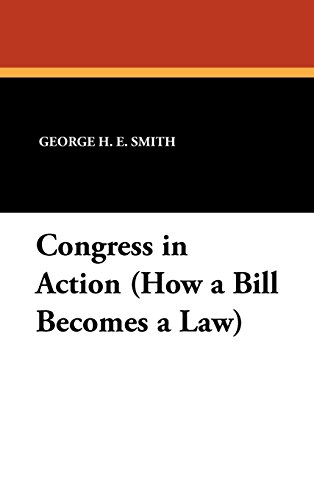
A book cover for Congress in Action (How a Bill Becomes a Law); George H. E. Smith; Law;